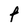
Character: F